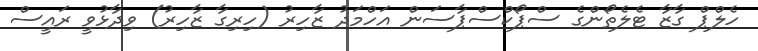
ހެލްޕް ގާޒާ ޓެލެތޯންގެ ސްޕޯކްސްޕާސަން އަހްމަދު ޒާހިރު (ހިރިގާ ޒާހިރު) ވިދާޅުވީ ރައީސް